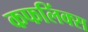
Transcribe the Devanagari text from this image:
कफलिंक्स